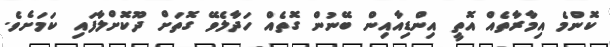
ކޮންމެ އިމާރާތެއް އޮތީ އިންޑިއާއިން ބޭނުން ގޮތެއް ހަދާލެވޭ ގޮތަށް ދޫކޮށްލާފައި ކަމަށެވެ.